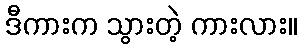
ဒီကားက သွားတဲ့ ကားလား။